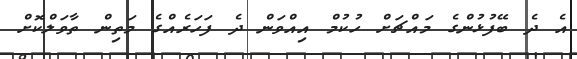
އެ ދެ ބޭފުޅުންގެ މައްޗަށް ހުކުމް އިއްވަން ދެ ފަހަރެއްގެ މަތިން ތާވަލްކޮށް